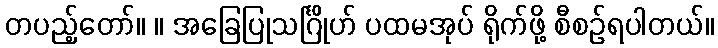
တပည့်တော်။ ။ အခြေပြုသင်္ဂြိုဟ် ပထမအုပ် ရိုက်ဖို့ စီစဉ်ရပါတယ်။